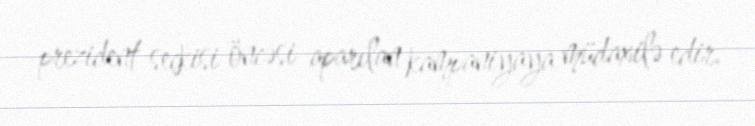
prezident seçkisi öncəsi aparılan kampaniyaya müdaxilə edir.